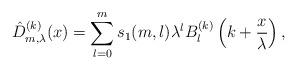
LaTeX: \begin{align*} \hat{D}_{m, \lambda}^{(k)} (x) = \sum_{l=0}^m s_1 (m,l) \lambda^l B_l^{(k)} \left(k+\frac{x}{\lambda} \right),\end{align*}